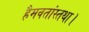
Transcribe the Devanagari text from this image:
हैमवतांस्तथा।